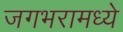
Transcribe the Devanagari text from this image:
जगभरामध्ये